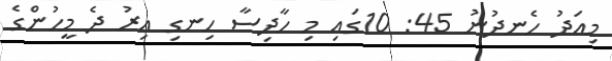
މިއަދު ހެނދުނު 45: 10ގައި މި ހާދިސާ ހިނގި އިރު ދެ މީހުންގެ